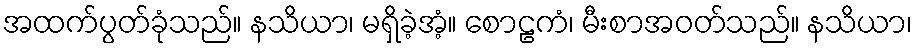
အထက်ပွတ်ခုံသည်။ နသိယာ၊ မရှိခဲ့အံ့။ စောဠကံ၊ မီးစာအဝတ်သည်။ နသိယာ၊